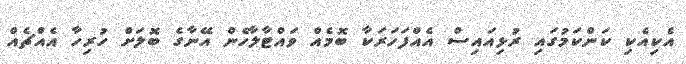
އެކިއެކި ކަންކަމުގައި ރުޅިއައިސް އެއްފަހަރަކާ ބޮމެއް ވައްޓާލާހެން އޭނާގެ ބޮލަށް ހުރިހާ އެއްޗެއް